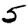
Digit: 5